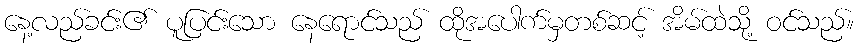
နေ့လည်ခင်း၏ ပူပြင်းသော နေရောင်သည် ထိုအပေါက်မှတစ်ဆင့် အိမ်ထဲသို့ ဝင်သည်။